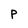
Character: P